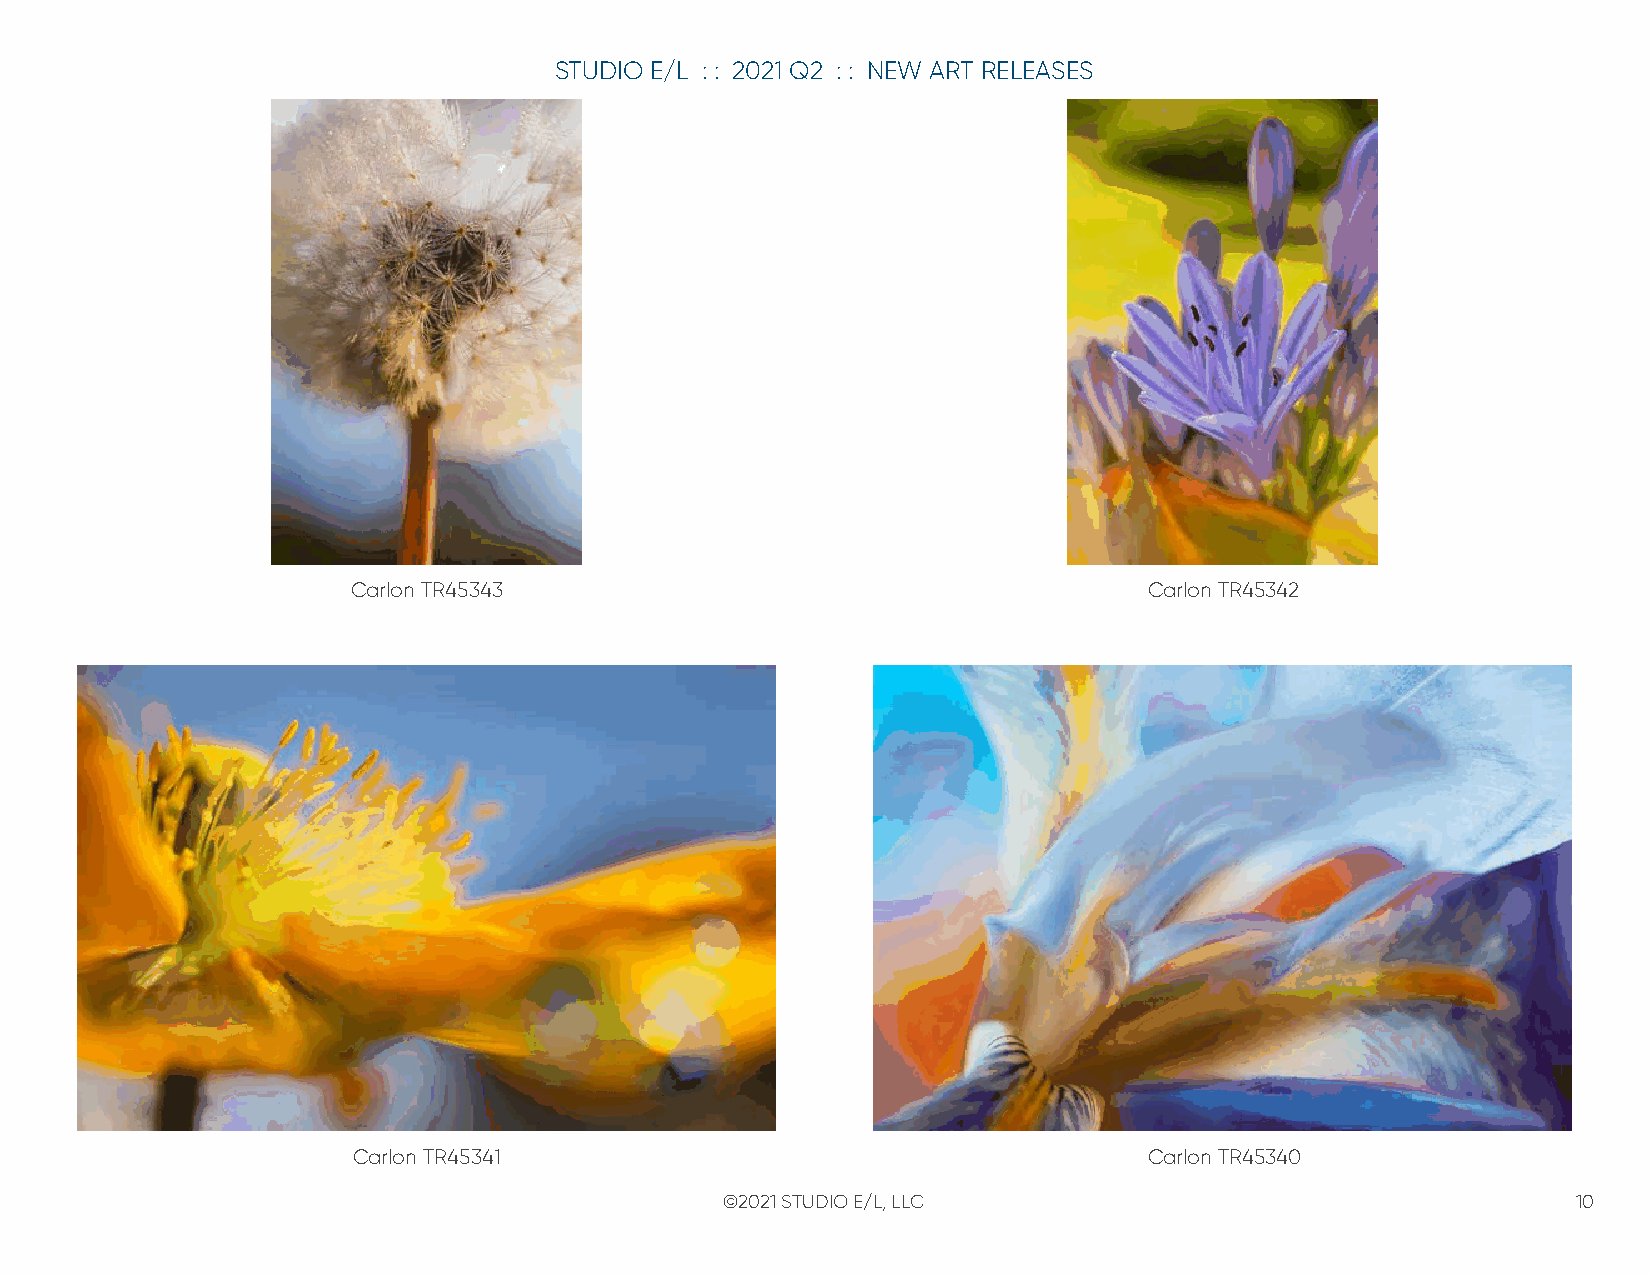
STUDIO E/L : : 2021 Q2 : : NEW ART RELEASES
 Carlon TR45343                                       Carlon TR45342
 Carlon TR45341                                       Carlon TR45340
 ©2021 STUDIO E/L, LLC                                   10